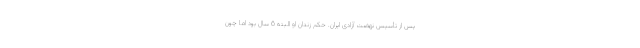
پس از تأسیس نهضت آزادی ایران. حکم زندان او البته 6 سال بود اما چون